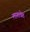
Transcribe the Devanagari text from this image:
लागावेत